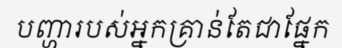
បញ្ហារបស់អ្នកគ្រាន់តែជាផ្នែក